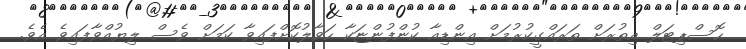
ހޮސްޕިޓަލް އިތުރަށް ތަރައްގީކުރުމަށް އިންޑިއާ ކުންފުންޏަކާ ހަވާލުކޮށްފައިވާ ކަމަށް ވެސް ލިޔުއްވާފައިވެ އެވެ.